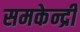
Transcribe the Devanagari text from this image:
समकेन्द्री